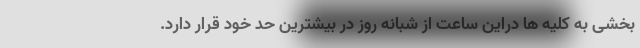
بخشی به کلیه ها دراین ساعت از شبانه روز در بیشترین حد خود قرار دارد.